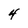
Character: 4